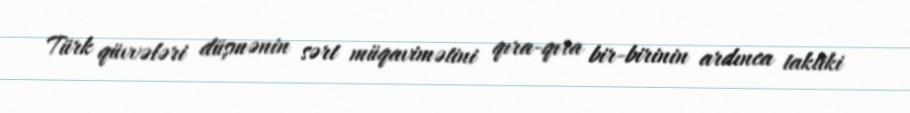
Türk qüvvələri düşmənin sərt müqavimətini qıra-qıra bir-birinin ardınca taktiki